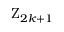
\mathrm { Z } _ { 2 k + 1 }